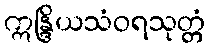
ဣန္ဒြိယသံဝရသုတ္တံ